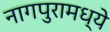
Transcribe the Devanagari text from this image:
नागपुरामध्ये